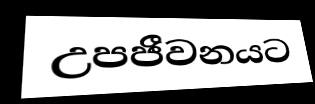
උපජීවනයට